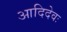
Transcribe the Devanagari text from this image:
आदिदेवः